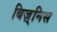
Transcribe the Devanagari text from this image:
बिज़्निस